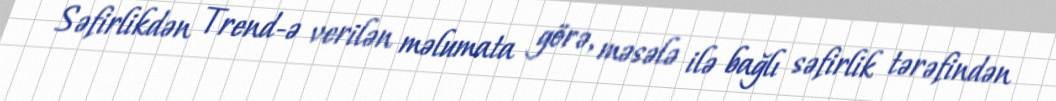
Səfirlikdən Trend-ə verilən məlumata görə, məsələ ilə bağlı səfirlik tərəfindən